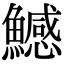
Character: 鱤